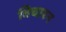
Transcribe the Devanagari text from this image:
विचारन